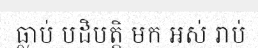
ធ្លាប់ បដិបត្តិ មក អស់ រាប់